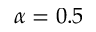
\alpha = 0 . 5